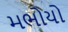
મભોયો